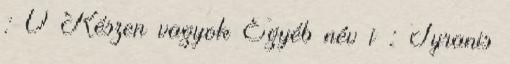
: 0 Készen vagyok Egyéb név i : Tyranis